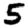
Digit: 5